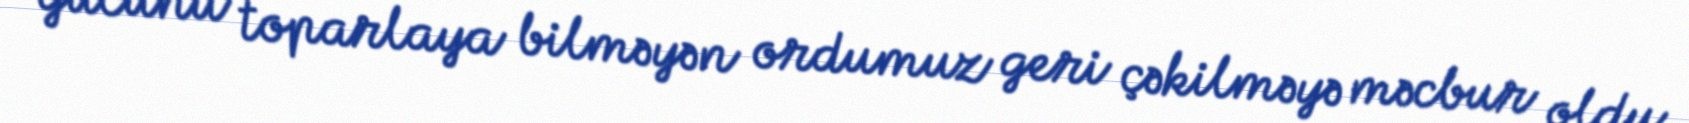
gücünü toparlaya bilməyən ordumuz geri çəkilməyə məcbur oldu.